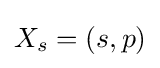
X_{s}=(s,p)